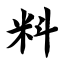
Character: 料